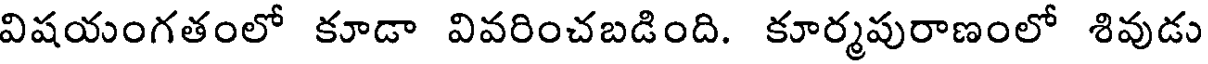
విషయంగతంలో కూడా వివరించబడింది. కూర్మపురాణంలో శివుడు